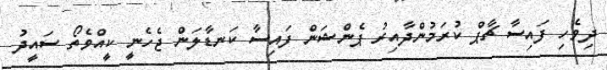
ދިވެހި ފައިސާ ޗާޕް ކުރަމުންދާއިރު ޕެންޝަން ފައިސާ ކަނޑާލަން ޖެހެނީ ކީއްވެތޯ ސައީދު